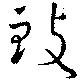
致